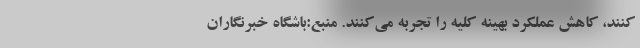
‌کنند، کاهش عملکرد بهینه کلیه را تجربه می‌کنند. منبع:باشگاه خبرنگاران